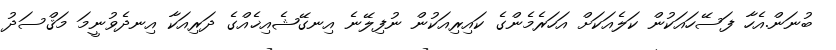
ބުނަން.އެހާ ފަސޭހައަކުން ކަލެއަކަށް އަހަރެމެންގެ ކައިރިއަކުން ނުފިލޭނެ އިނގޭޝެއިޚެއްގެ ދަރިއަކާ އިނދެވުނީމަ މަޤްސަދު